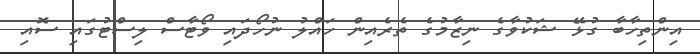
އިންތިހާބާ ގުޅޭ ޝަކުވާގެ ނިޒާމުގެ ތެރެއިން ހައްލު ނުހޯދައި ވޯޓާސް ލިސްޓުގައި ސޮއި